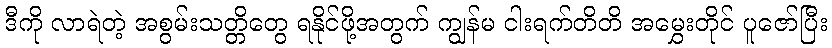
ဒီကို လာရဲတဲ့ အစွမ်းသတ္တိတွေ ရနိုင်ဖို့အတွက် ကျွန်မ ငါးရက်တိတိ အမွှေးတိုင် ပူဇော်ပြီး